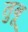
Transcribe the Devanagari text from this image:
तुबू